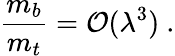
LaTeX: {\frac{m_{b}}{m_{t}}}={\cal O}(\lambda^{3})\ .